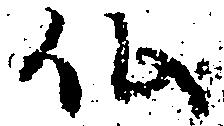
仏